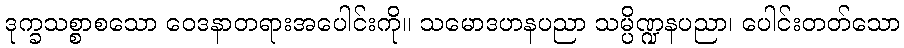
ဒုက္ခသစ္စာစသော ဝေဒနာတရားအပေါင်းကို။ သမောဒဟနပညာ သမ္ပိဏ္ဍနပညာ၊ ပေါင်းတတ်သော